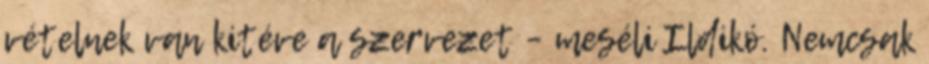
vételnek van kitéve a szervezet – meséli Ildikó. Nemcsak